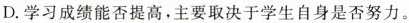
D.学习成绩能否提高，主要取决于学生自身是否努力。